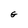
Character: G